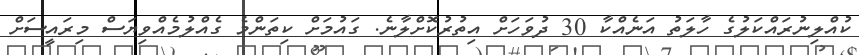
ކުއްލިނުރައްކަލުގެ ހާލަތު އަނެއްކާ 30 ދުވަހަށް އިތުރުކޮށްލާނެ. ގައުމަށް ކިތަންމެ ގެއްލުމެއްވިޔަސް މިރައީސަށް